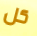
كل